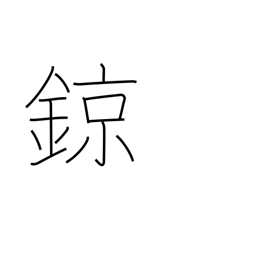
Meaning: kind of percussion instrument